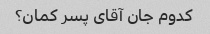
کدوم جان آقای پسر کمان؟